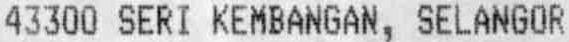
43300 SERI KEMBANGAN, SELANGOR